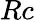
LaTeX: Rc